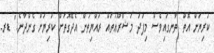
ކުރިޔަށް އޮތް ތާނގައިވެސް މިފަދަ މަޝްރޫޢުތައް ރައްޔިތުން އެދޭގޮތަށް ކުރިޔަށް ގެންދާނެ." ޑރ.